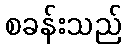
စခန်းသည်